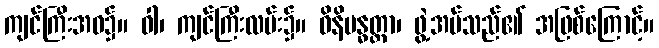
ကျင်ကြီးအဝ၌။ ဝါ၊ ကျင်ကြီးလမ်း၌။ ဝိနိဗန္ဓတ္တာ၊ ဖွဲ့အပ်သည်၏ အဖြစ်ကြောင့်။